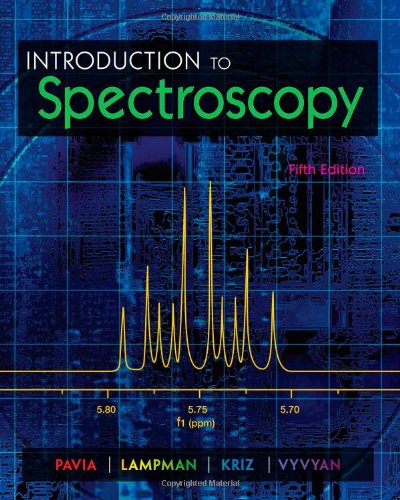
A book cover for Introduction to Spectroscopy; Donald L. Pavia; Science & Math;